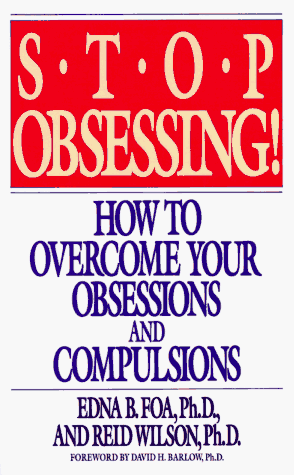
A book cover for Stop Obsessing!  How To Overcome Your Obsessions And Compulsions; Edna B. Foa; Health, Fitness & Dieting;